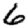
Digit: 6